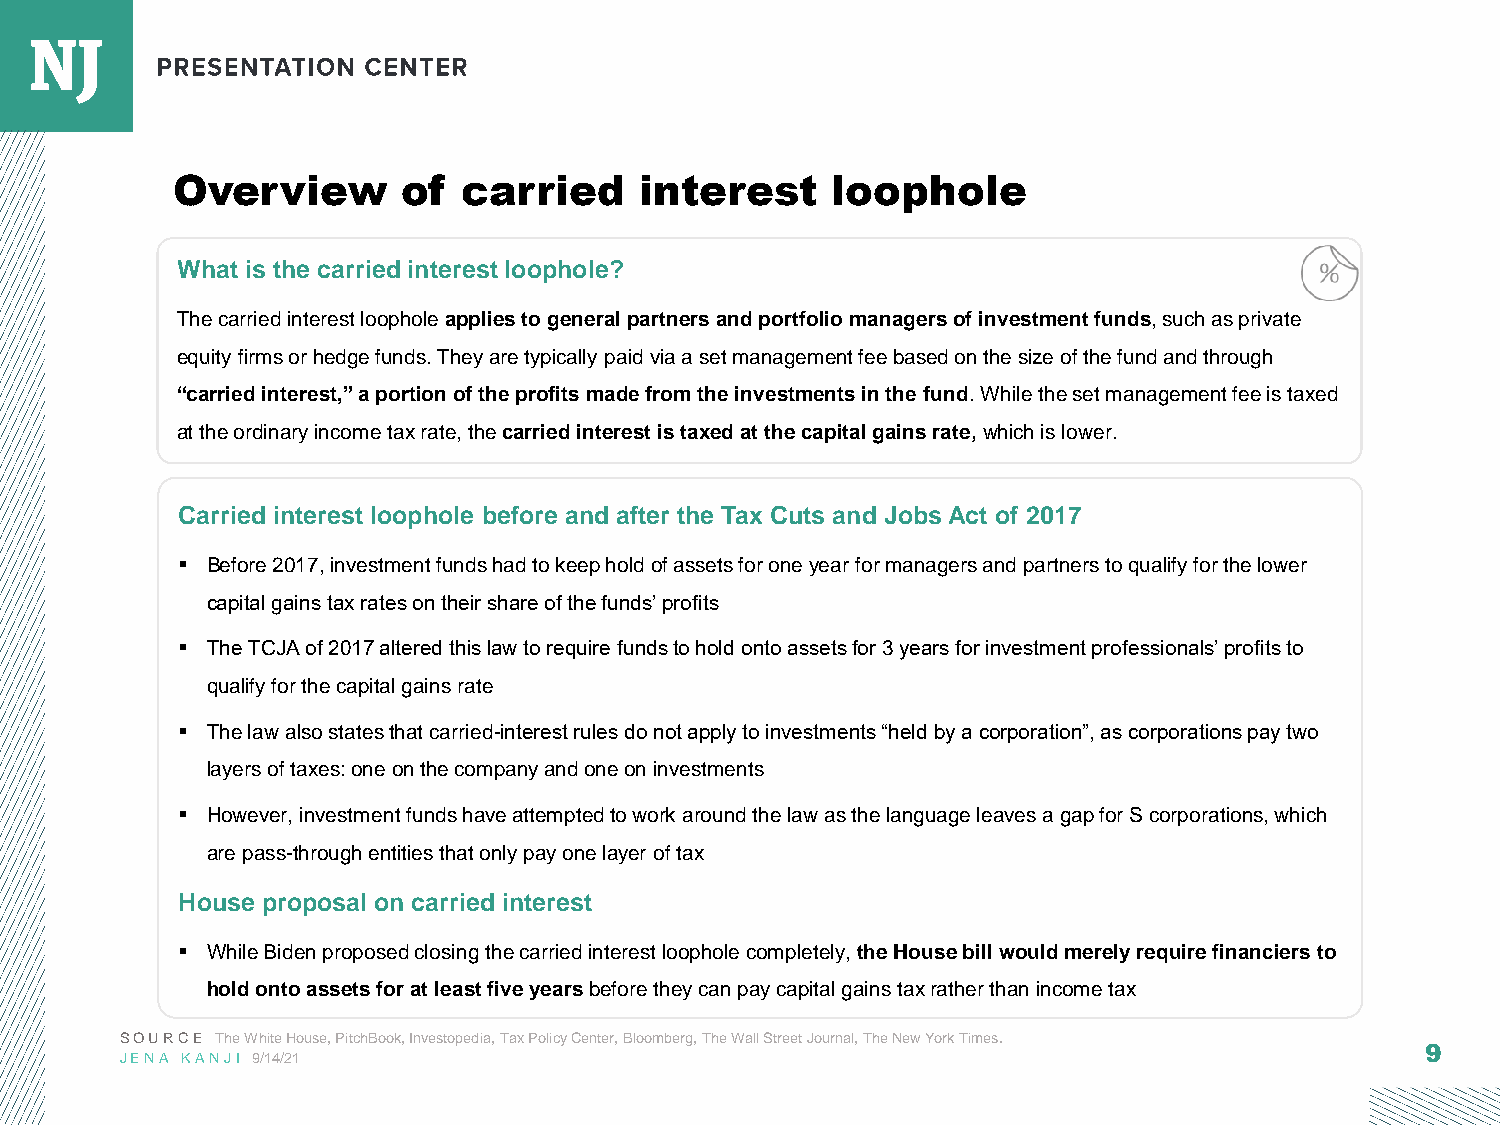
Overview        of  carried    interest     loophole
 What is the carried interest loophole?
 The carried interest loophole applies to general partners and portfolio managers of investment funds, such as private
 equity firms or hedge funds. They are typically paid via a set management fee based on the size of the fund and through
 “carried interest,” a portion of the profits made from the investments in the fund. While the set management fee is taxed
 at the ordinary income tax rate, the carried interest is taxed at the capital gains rate, which is lower.
 Carried interest loophole before and after the Tax Cuts and Jobs Act of 2017
 ▪ Before 2017, investment funds had to keep hold of assets for one year for managers and partners to qualify for the lower
 capital gains tax rates on their share of the funds’ profits
 ▪ The TCJA of 2017 altered this law to require funds to hold onto assets for 3 years for investment professionals’ profits to
 qualify for the capital gains rate
 ▪ The law also states that carried-interest rules do not apply to investments “held by a corporation”, as corporations pay two
 layers of taxes: one on the company and one on investments
 ▪ However, investment funds have attempted to work around the law as the language leaves a gap for S corporations, which
 are pass-through entities that only pay one layer of tax
 House proposal on carried interest
 ▪ While Biden proposed closing the carried interest loophole completely, the House bill would merely require financiers to
 hold onto assets for at least five yearsbefore they can pay capital gains tax rather than income tax
 SOURCE The White House, PitchBook, Investopedia, Tax Policy Center, Bloomberg, The Wall Street Journal, The New York Times.
 9
 JENA KANJI 9/14/21